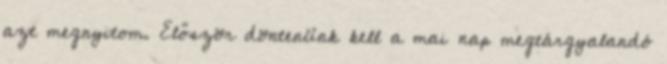
azt megnyitom. Először döntenünk kell a mai nap megtárgyalandó